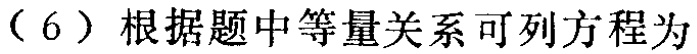
（6）根据题中等量关系可列方程为